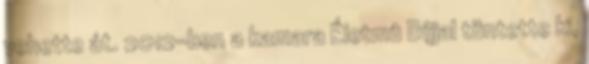
vehette át. 2012-ben a kamara Életmû Díjjal tüntette ki,